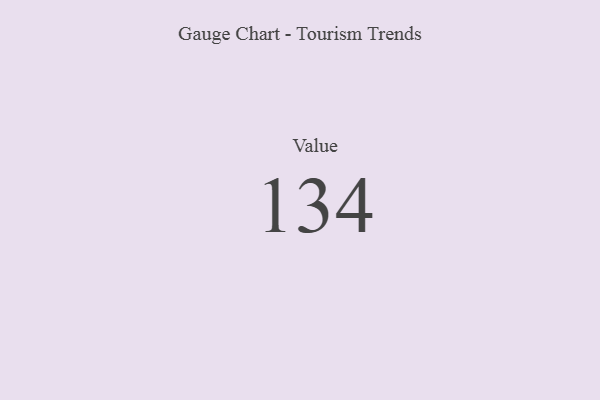
{"axis": {"x": "Metric", "y": "Value"}, "legend": [""], "data": [{"x": "Value", "y": 134, "type": ""}]}